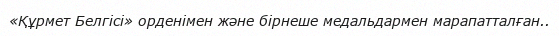
«Құрмет Белгісі» орденімен және бірнеше медальдармен марапатталған..